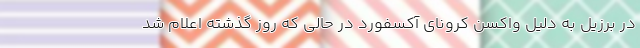
در برزیل به دلیل واکسن کرونای آکسفورد در حالی که روز گذشته اعلام شد